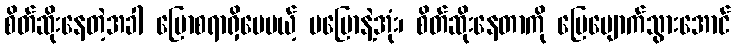
စိတ်ဆိုးနေတဲ့အခါ ပြောစရာရှိပေမယ့် မပြောနဲ့အုံး၊ စိတ်ဆိုးနေတာကို ပြေပျောက်သွားအောင်